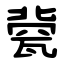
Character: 㼱